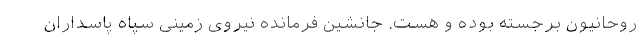
روحانیون برجسته بوده و هست. جانشین فرمانده نیروی زمینی سپاه پاسداران